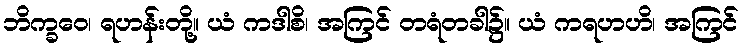
ဘိက္ခဝေ၊ ရဟန်းတို့။ ယံ ကဒါစိ၊ အကြင် တရံတခါ၌။ ယံ ကရဟဟိ၊ အကြင်